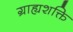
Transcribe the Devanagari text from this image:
ग्राह्यशक्ति